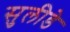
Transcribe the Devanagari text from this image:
सुलीडे